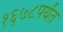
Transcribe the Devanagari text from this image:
१६७८पर्यंत